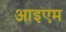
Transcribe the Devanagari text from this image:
आइएम